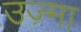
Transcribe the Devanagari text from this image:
उज़्मा